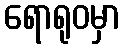
ရောရုဝမှာ